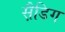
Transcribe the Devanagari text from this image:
स़ैडिग